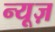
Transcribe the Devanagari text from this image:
न्‍यूज़